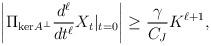
LaTeX: \begin{align*} \left|\Pi_{\mathrm{ker}A^\perp}\frac{d^\ell}{dt^\ell}X_t|_{t = 0}\right| \ge \frac{\gamma}{C_J}K^{\ell+1},\end{align*}